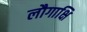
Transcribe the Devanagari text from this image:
लौगाक्षि